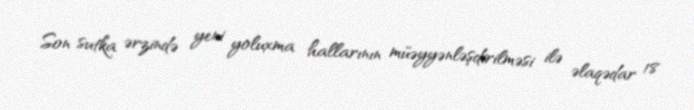
Son sutka ərzində yeni yoluxma hallarının müəyyənləşdirilməsi ilə əlaqədar 18